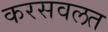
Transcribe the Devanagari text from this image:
करसवलत